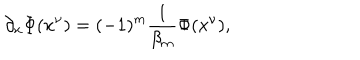
LaTeX: \partial _ { x } \Phi ( x ^ { \nu } ) = ( - 1 ) ^ { m } \frac { 1 } { \beta _ { m } } \Phi ( x ^ { \nu } ) ,